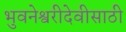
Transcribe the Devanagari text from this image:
भुवनेश्वरीदेवीसाठी